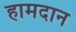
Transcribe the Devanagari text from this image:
हामदान